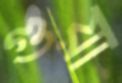
গুয়া